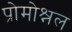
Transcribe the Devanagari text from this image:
प्रोमोश्नल